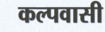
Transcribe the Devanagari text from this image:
कल्पवासी